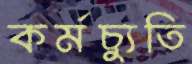
কর্মচ্যুতি